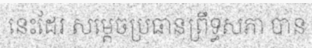
នេះដែរ សម្តេចប្រធានព្រឹទ្ធសភា បាន